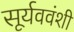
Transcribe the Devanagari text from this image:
सूर्यववंशी